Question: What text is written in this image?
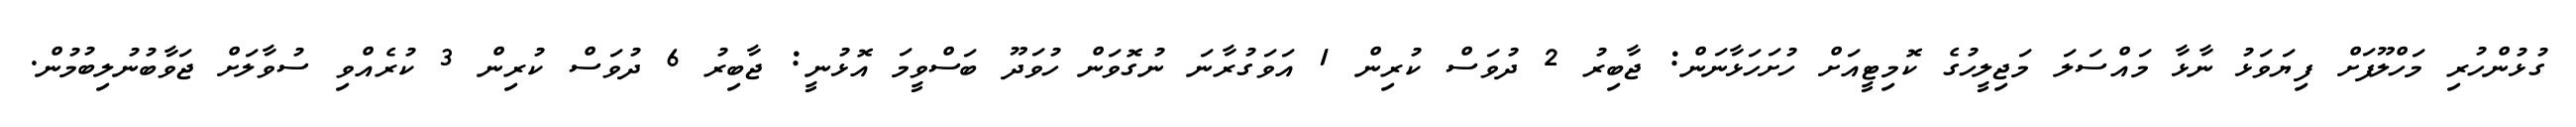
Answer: ގުޅުންހުރި މަހްލޫފަށް ފިޔަވަޅު ނާޅާ މައްސަލަ މަޖިލީހުގެ ކޮމިޓީއަށް ހުށަހަޅާނަން: ޖާބިރު 2 ދުވަސް ކުރިން 1 އަވަގުރާނަ ނުގޮވަން ހުވަދޫ ބަސްވީމަ އޮޅުނީ: ޖާބިރު 6 ދުވަސް ކުރިން 3 ކުރެއްވި ސުވާލަށް ޖަވާބުނުލިބުމުން.